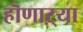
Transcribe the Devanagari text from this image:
हॊणाऱ्या